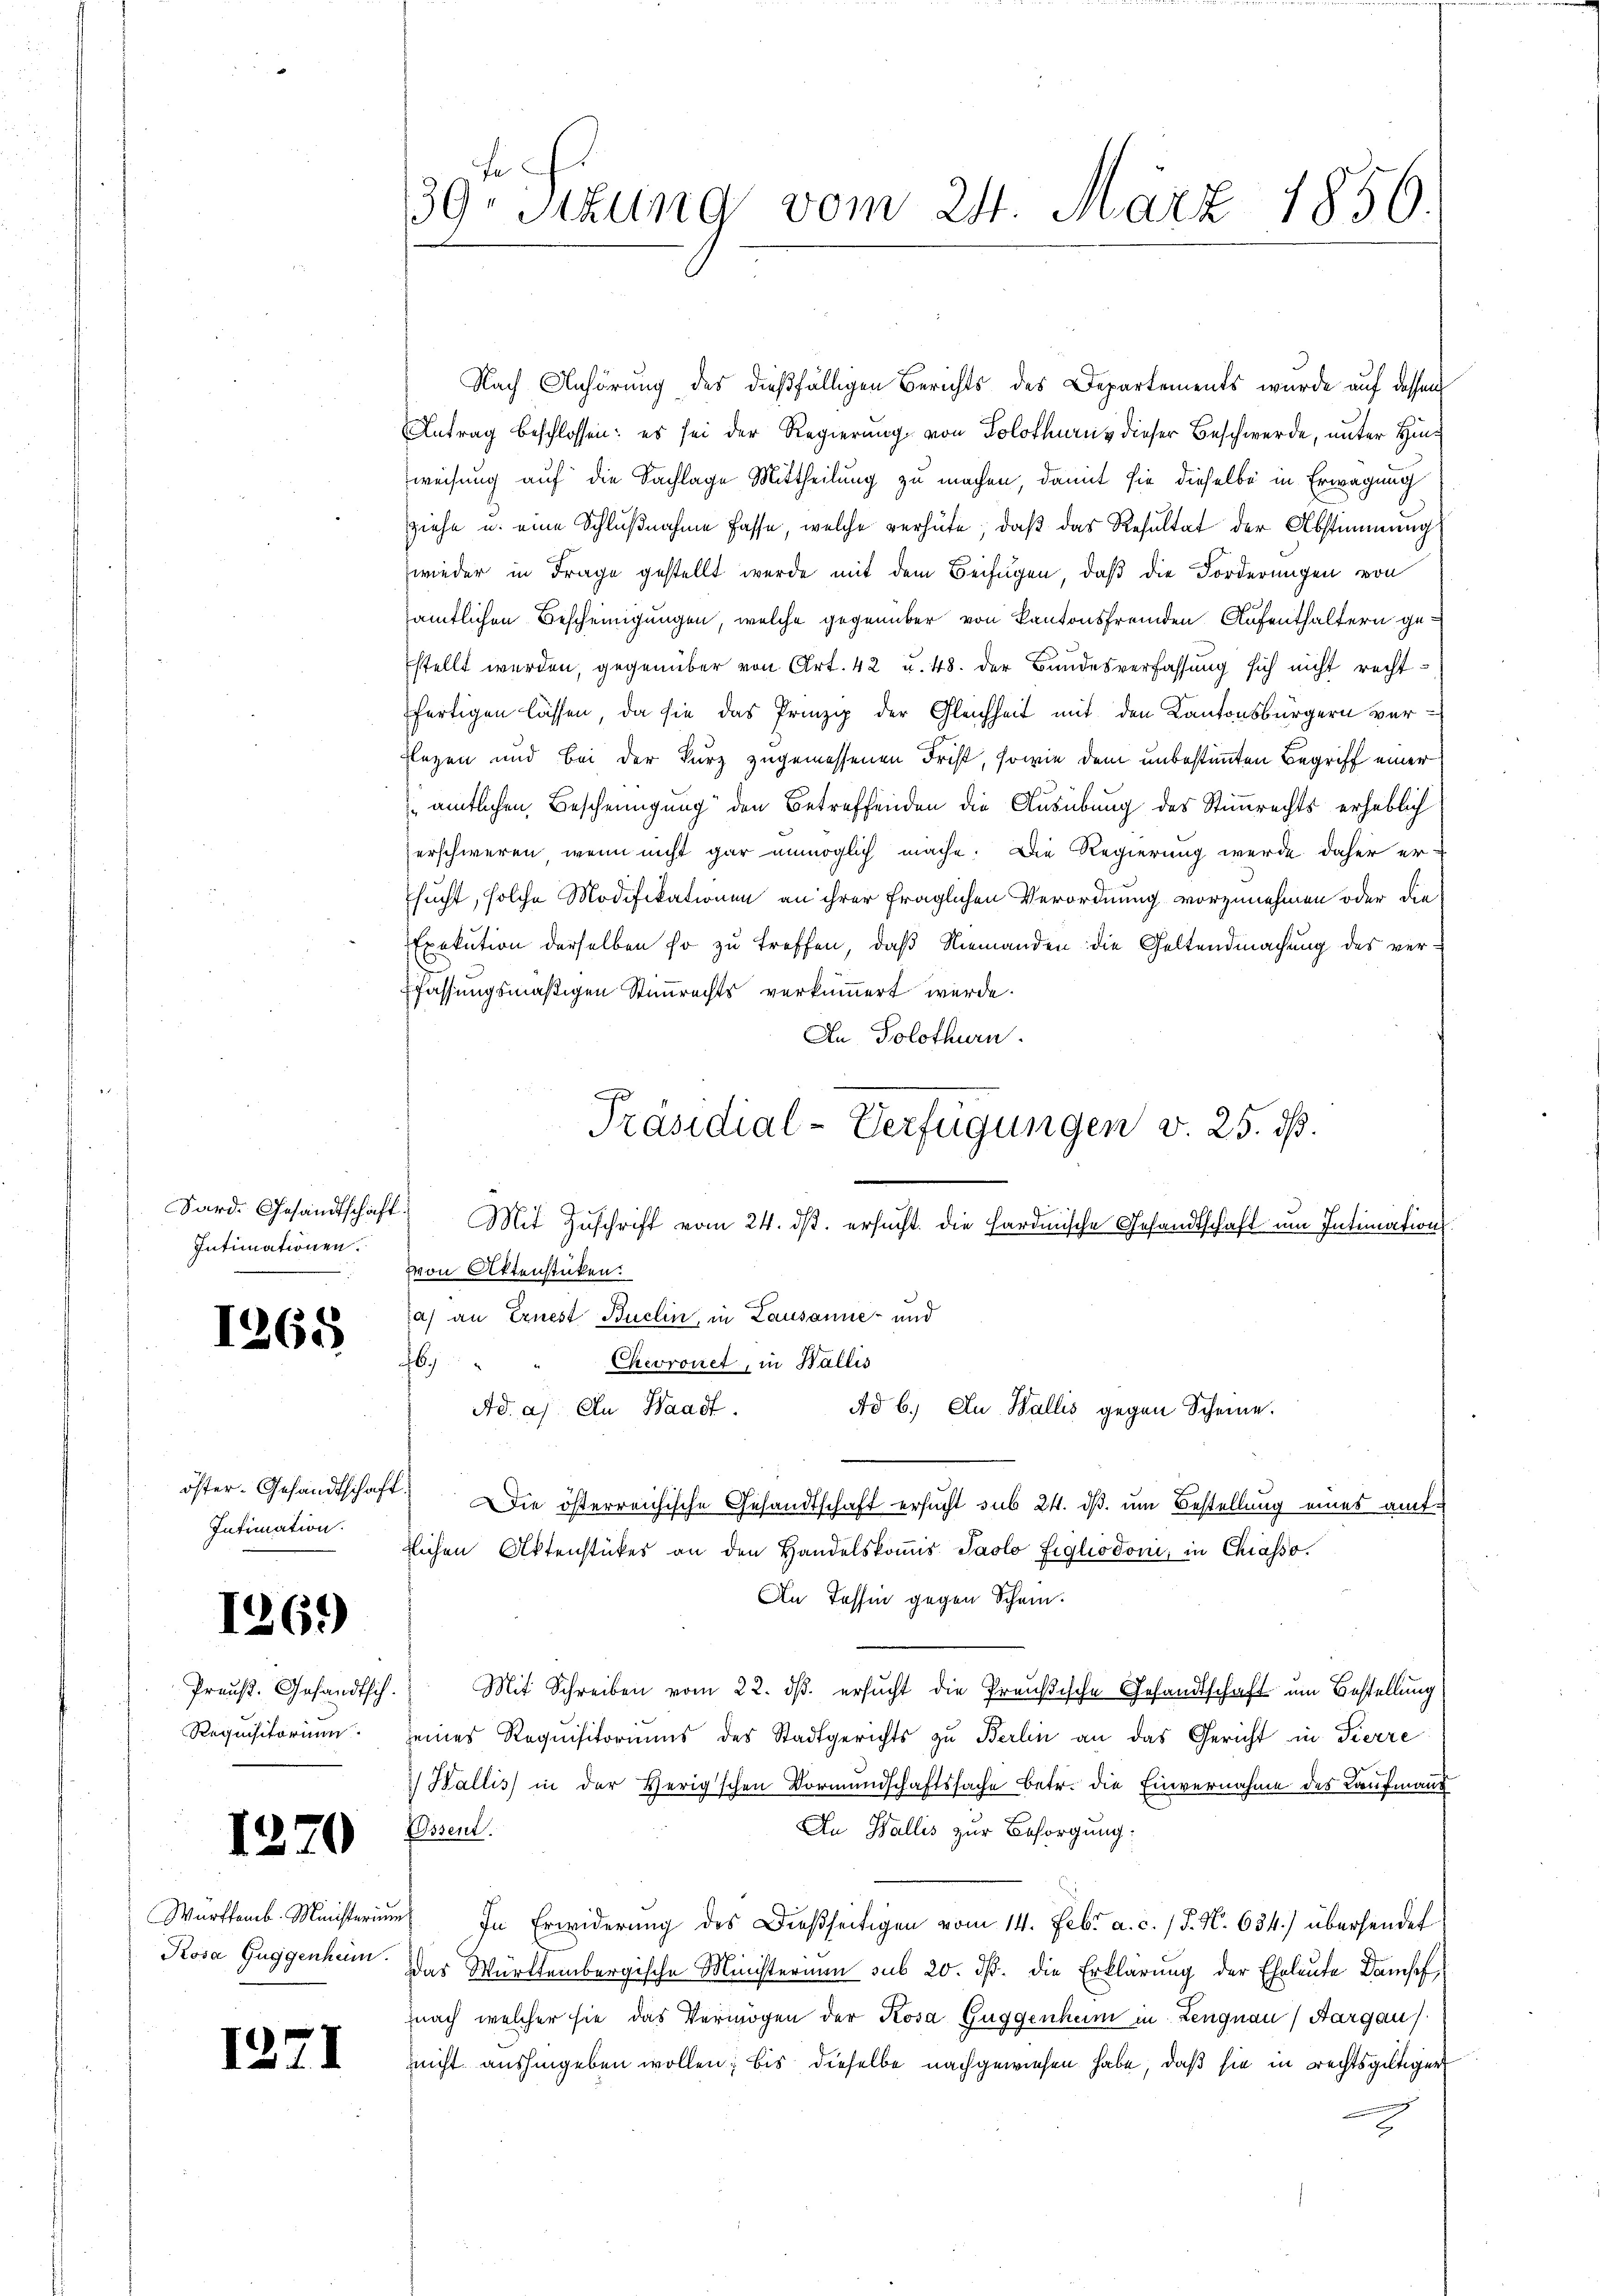
Sard. Gesandtschaft.
Intimationen.

1265

Intimation.

1269)

Preuß. Gesandtsch.

1270

1271

39te Sitzung vom 24. März 1856.

Nach Anhörung des dießfälligen Berichts des Departements wurde auf dessen
Antrag beschlossen: es sei der Regierung von Solothurn dieser Beschwerde, unter Hinweisung auf die Sachlage Mittheilung zu machen, damit sie dieselbe in Erwägung
ziehe u. eine Schlußnahme fasse, welche verhüte, daβ das Resultat der Abstimmung
wieder in Frage gestellt werde mit dem Beifügen, daß die Forderungen von
sämtlichen Bescheinigungen, welche gegenüber von Kantonsfremden Aufenthaltern gestellt werden, gegenüber von Art. 42 u. 48. der Bundesverfassung sich nicht rechtfertigen lassen, da sie das Prinzip der Gleichheit mit den Kantonsbürgern ver¬
Elezen und bei der kurz zugemessenen Frist, sowie dem unbestimmten Begriff einer
 amtlichen Bescheinigung den Betreffenden die Ausübung des Stimmrechts erheblich
erschweren, wenn nicht gar unmöglich mache. Die Regierung werde daher er-
sucht, solche Modifikationen an ihrer fraglichen Verordnung vorzunehmen oder die
Exekution derselben so zu treffen, daß Niemanden die Geltendmachung des ver¬
Pfassungsmäßigen Stimmrechts verkümmert wurde.
An Solothurn.
Mit Zuschrift vom 24. ds. ersucht. Die Hardmische Gesandtschaft um Intimation
von Aktenstücken.
(a) an Ernest Buchin, in Lausanne und
b
Chevronet, in Wallis
Ad 6. Au Wallis gegen Scheine.
Ad. a. An Waadt.
öster. Gesandtschaft die österreichische Gesandtschaft ersucht sub 24. dß. um Bestellung eines amttichen Aktenstückes an den Handelskoṁis Paolo figliodoni, in Chiasso.
In Tessin gegen Schein.
Mit Schreiben vom 22. ds. ersucht die Preußische Gesandtschaft um Bestellung
Requisitorium seines Requisitoriums des Stadtgerichts zu Berlin an das Gericht in Tierre
) Wallis in der Herischen Vormundschaftssache betr. die Einvernahme des Kaufmann
An Wallis zur Besorgung:
Ossent.
Württemb. Ministeriŭm In Erwiderŭng des Dießseitigen vom 14. Febr. a. c. / 5. N. 634.) übersendet
Rosa Guggenheim. Das Württembergische Ministerium sub 20. ds. die Erklärung der Eheleute Dampf,
nach welcher sie das Vermögen der Kosa Guggenheim in Lengnau, Aargau
zeicht aushingeben wollen; bis dieselbe nachgewiesen habe, daß sie in rechtsgültiger
E

Präsidial-Verfügungen v. 25. ds.